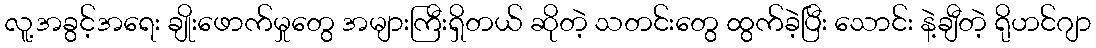
လူ့အခွင့်အရေး ချိုးဖောက်မှုတွေ အများကြီးရှိတယ် ဆိုတဲ့ သတင်းတွေ ထွက်ခဲ့ပြီး သောင်း နဲ့ချီတဲ့ ရိုဟင်ဂျာ